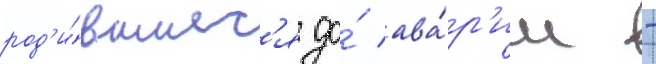
род'и́вшиес'я до́ ава́р'ии -